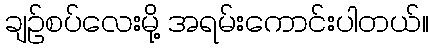
ချဉ်စပ်လေးမို့ အရမ်းကောင်းပါတယ်။